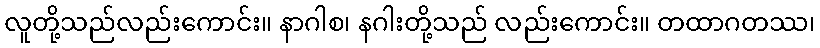
လူတို့သည်လည်းကောင်း။ နာဂါစ၊ နဂါးတို့သည် လည်းကောင်း။ တထာဂတဿ၊